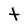
Character: t